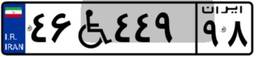
۴۶W۴۴۹۹۸